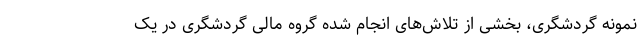
نمونه گردشگری، بخشی از تلاش‌های انجام شده گروه مالی گردشگری در یک